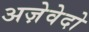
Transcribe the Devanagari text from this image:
अज़ेवेदो